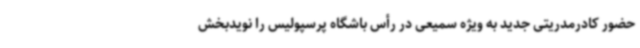
حضور کادرمدریتی جدید به ویژه سمیعی در رأس باشگاه پرسپولیس را نویدبخش